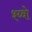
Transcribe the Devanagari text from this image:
श्य्वो